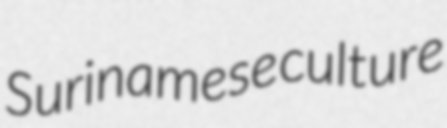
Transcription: Surinamese culture